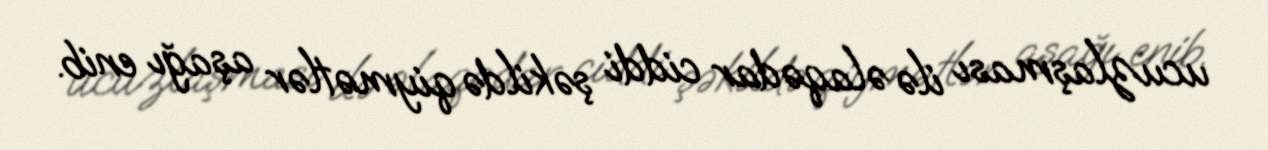
ucuzlaşması ilə əlaqədar ciddi şəkildə qiymətlər aşağı enib.